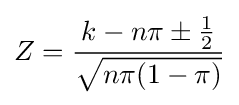
Z={\frac {k-n\pi \pm {\frac {1}{2}}}{\sqrt {n\pi (1-\pi )}}}